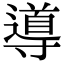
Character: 導